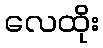
လေထိုး